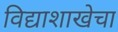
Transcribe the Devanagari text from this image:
विद्याशाखेचा